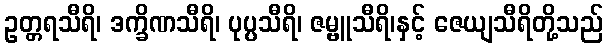
ဥတ္တရသီရိ၊ ဒက္ခိဏသီရိ၊ ပုပ္ပသီရိ၊ ဇမ္ဗူသီရိ၊နှင့် ဇေယျသီရိတို့သည်